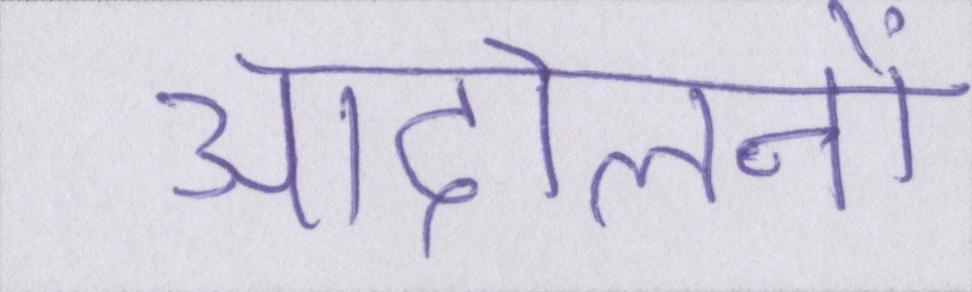
आंदोलनों